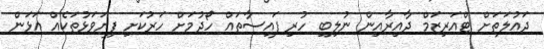
ދައުލަތަށް ޓްއަރިޒަމް ދާއިރާއިން ނުލިބި ހުރި ފައިސާތައް ހޯދުމަށް ހަރުކަށި ފިޔަވަޅުތަކެއް އަޅަން